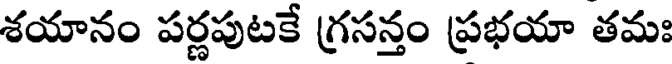
శయానం పర్ణపుటకే గ్రసన్తం ప్రభయా తమః